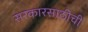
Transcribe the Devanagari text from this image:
सरकारसाठीची